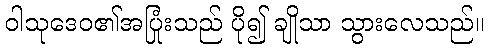
ဝါသုဒေဝ၏အပြုံးသည် ပို၍ ချိုသာ သွားလေသည်။